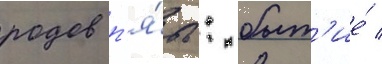
родов п'я́ть: быт'ие́ /